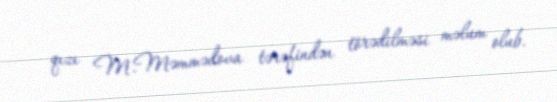
qızı M.Məmmədova tərəfindən törədilməsi məlum olub.